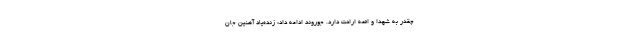
چقدر به شهدا و ائمه ارادت دارد. جوروند ادامه داد: زنده‌یاد آهنین جان